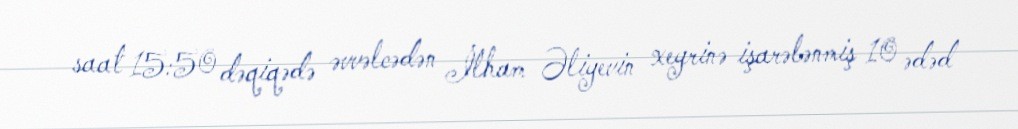
saat 15:50 dəqiqədə əvvəlcədən İlham Əliyevin xeyrinə işarələnmiş 10 ədəd